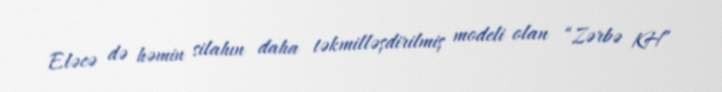
Eləcə də həmin silahın daha təkmilləşdirilmiş modeli olan “Zərbə KH”